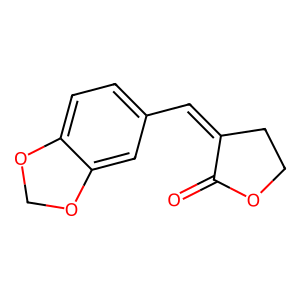
SMILES: O=C1OCCC1=Cc1ccc2c(c1)OCO2
Inhibits HIV replication: No